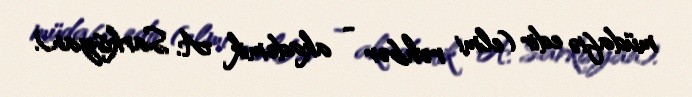
müdafiə edir (elmi rəhbər - akademik A. Sarkisyan).